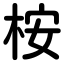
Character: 桉